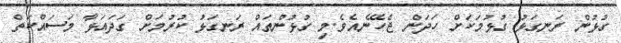
ގުޅުން ރަނގަޅު ގުޅުމަކަށް ހަދަން ޖެހޭނެއެވެ.މި ގުޅުންތައް ރަނގަޅު ކުރުމަށް ގަދައަޅާ މަސައްކަތް